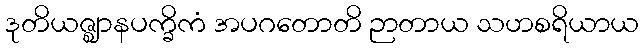
ဒုတိယဇ္ဈာနပက္ခိကံ အပဂတောတိ ဉာတာယ သဟစရိယာယ